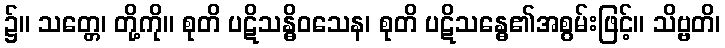
၌။ သတ္တေ၊ တို့ကို။ စုတိ ပဋိသန္ဓိဝသေန၊ စုတိ ပဋိသန္ဓေ၏အစွမ်းဖြင့်။ သိဗ္ဗတိ၊